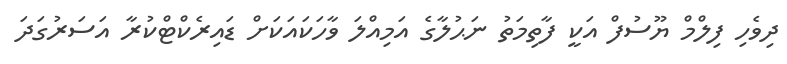
ދިވެހި ފިލްމް ޔޫސުފް އަކީ ފާތިމަތު ނަޙުލާގެ އަމިއްލަ ވާހަކައަކަށް ޑައިރެކްޓްކުރާ އަސަރުގަދަ